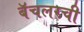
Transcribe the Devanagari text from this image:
बॅचलरची